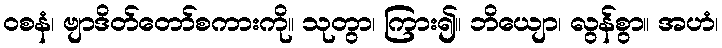
ဝစနံ၊ ဗျာဒိတ်တော်စကားကို။ သုတွာ၊ ကြား၍။ ဘိယျော၊ လွန်စွာ။ အဟံ၊